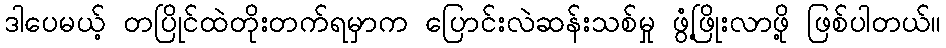
ဒါပေမယ့် တပြိုင်ထဲတိုးတက်ရမှာက ပြောင်းလဲဆန်းသစ်မှု ဖွံံ့ဖြိုးလာဖို့ ဖြစ်ပါတယ်။